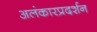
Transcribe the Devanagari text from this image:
अलंकारप्रदर्शन